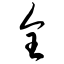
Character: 全